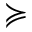
\succcurlyeq